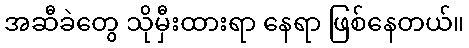
အဆီခဲတွေ သိုမှီးထားရာ နေရာ ဖြစ်နေတယ်။